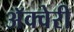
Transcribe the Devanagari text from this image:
अॅक्वेरी